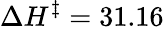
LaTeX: \Delta H^{\ddagger}=31.16